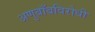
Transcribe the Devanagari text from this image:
अणुबाँबविरोधी